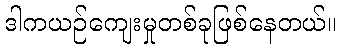
ဒါကယဉ်ကျေးမှုတစ်ခုဖြစ်နေတယ်။